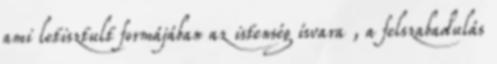
ami letisztult formájában az istenség ísvara , a felszabadulás